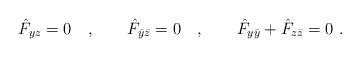
\begin{align*}\hat{F}_{yz}=0\quad ,\qquad \hat{F}_{\bar y\bar z}=0\quad ,\qquad \hat{F}_{ y\bar y}+\hat{F}_{z\bar z}=0\ .\end{align*}